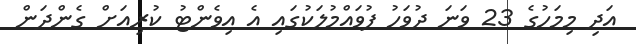
އަދި މިމަހުގެ 23 ވަނަ ދުވަހު ފުވައްމުލަކުގައި އެ އިވެންޓު ކުރިއަށް ގެންދަން